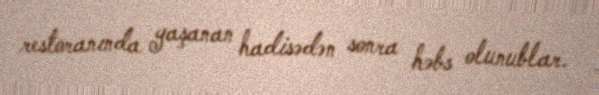
restoranında yaşanan hadisədən sonra həbs olunublar.